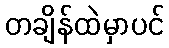
တချိန်ထဲမှာပင်